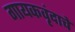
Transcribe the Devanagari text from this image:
गायकवृंदाचे